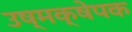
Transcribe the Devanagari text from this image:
उष्मक्षेपक